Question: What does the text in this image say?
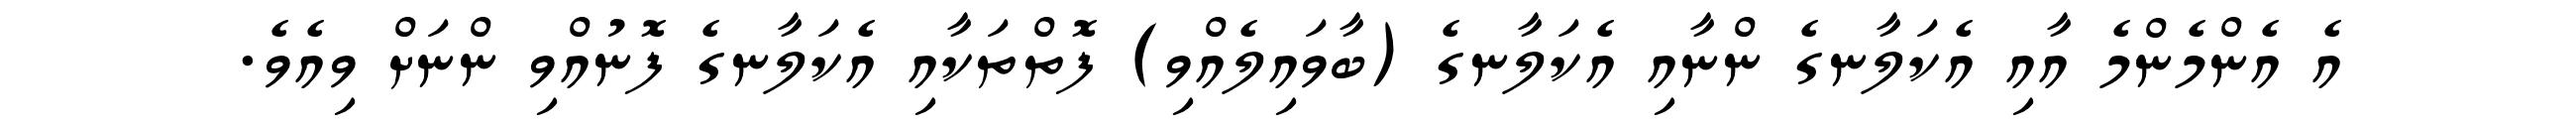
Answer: އެ އެންމެންމެ އާއި އެކަލާނގެ ންނާއި އެކަލާނގެ (ބާވައިލެއްވި) ފޮތްތަކާއި އެކަލާނގެ ފޮނުއްވި ންނަށް ވިއެވެ.